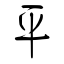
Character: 平